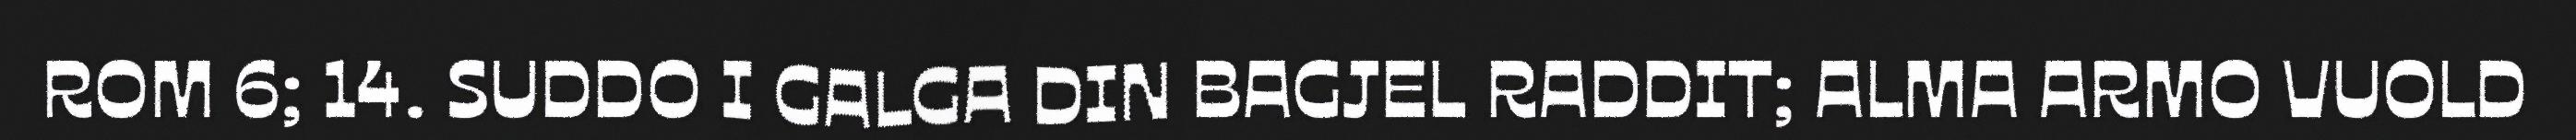
ROM 6; 14. SUDDO I GALGA DIN BAGJEL RADDIT; ALMA ARMO VUOLD